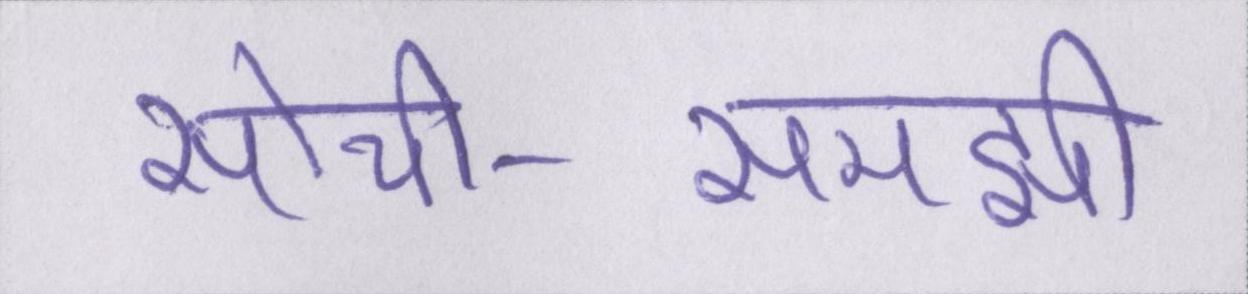
सोची-समझी